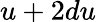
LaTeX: u+2du